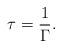
LaTeX: \begin{align*}\tau=\frac{1}{\Gamma}.\end{align*}